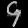
Digit: ၄